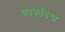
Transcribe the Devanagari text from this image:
काकडिया